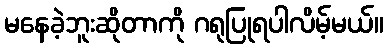
မနေခဲ့ဘူးဆိုတာကို ဂရုပြုရပါလိမ့်မယ်။